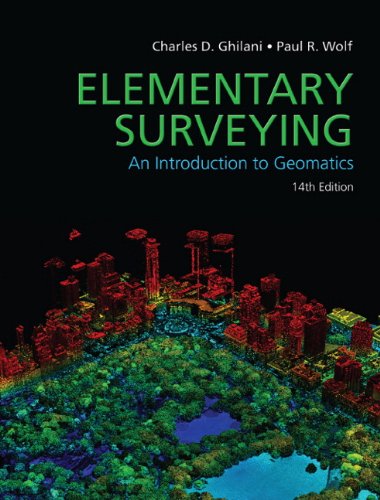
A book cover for Elementary Surveying (14th Edition); Charles D. Ghilani; Science & Math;